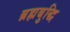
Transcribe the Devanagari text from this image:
ब्रह्मबुद्धि